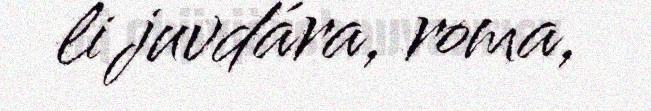
li juvdára, roma,